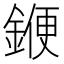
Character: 𨩫